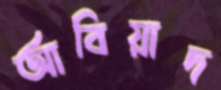
আবিয়াদ